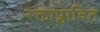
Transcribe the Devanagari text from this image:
रक्ताप्लावित